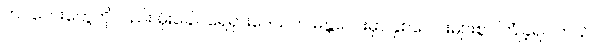
ကပ်ဘေးတွေကိုလည်း မိုးခေါင်ရေရှားဒေသက မန္တလေးမှာ နှစ်ပေါင်းများစွာ ကြုံခဲ့ရပါတယ်။